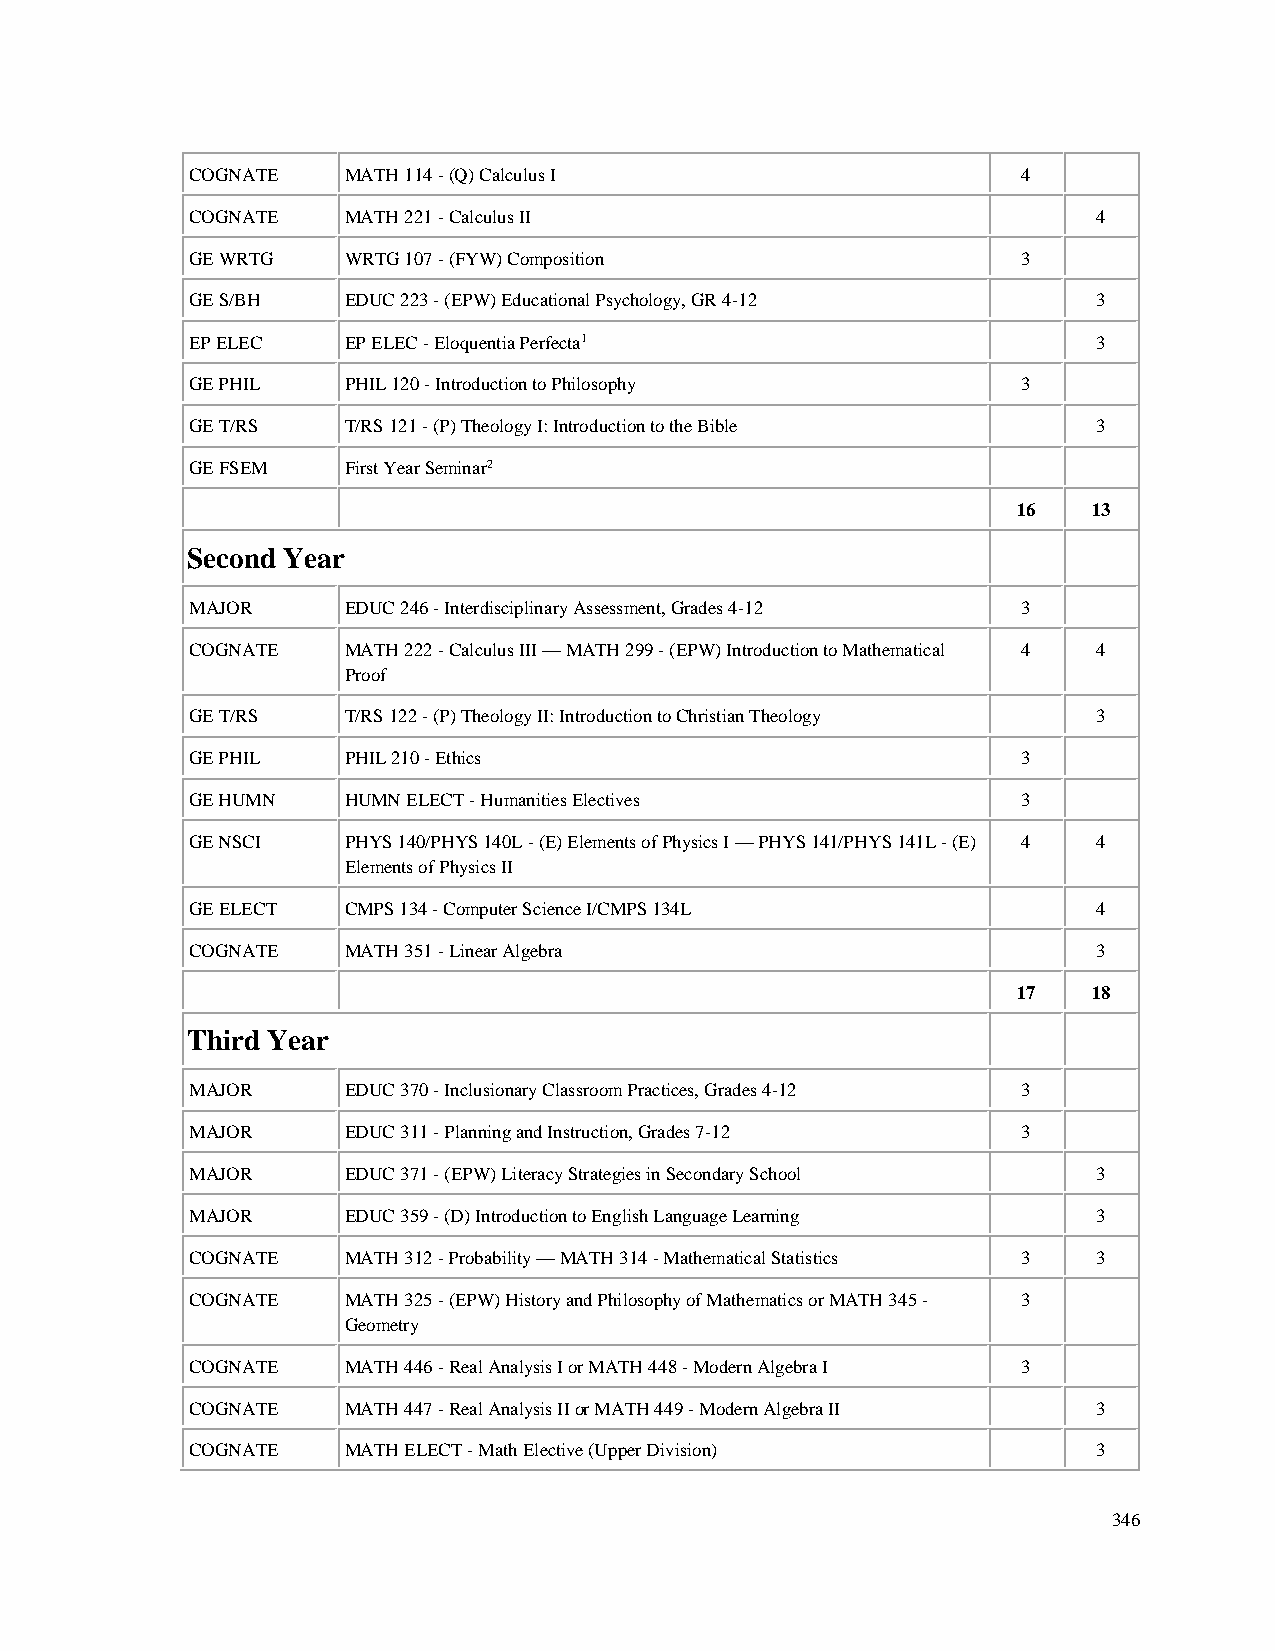
COGNATE   MATH 114 - (Q) Calculus I                    4
 COGNATE   MATH 221 - Calculus II                            4
 GE WRTG   WRTG 107 - (FYW) Composition                 3
 GE S/BH   EDUC 223 - (EPW) Educational Psychology, GR 4-12  3
 EP ELEC   EP ELEC - Eloquentia Perfecta1                    3
 GE PHIL   PHIL 120 - Introduction to Philosophy        3
 GE T/RS   T/RS 121 - (P) Theology I: Introduction to the Bible 3
 GE FSEM   First Year Seminar2
 16   13
 Second Year
 MAJOR     EDUC 246 - Interdisciplinary Assessment, Grades 4-12 3
 COGNATE   MATH 222 - Calculus III — MATH 299 - (EPW) Introduction to Mathematical 4 4
 Proof
 GE T/RS   T/RS 122 - (P) Theology II: Introduction to Christian Theology 3
 GE PHIL   PHIL 210 - Ethics                            3
 GE HUMN   HUMN ELECT - Humanities Electives            3
 GE NSCI   PHYS 140/PHYS 140L - (E) Elements of Physics I — PHYS 141/PHYS 141L - (E) 4 4
 Elements of Physics II
 GE ELECT  CMPS 134 - Computer Science I/CMPS 134L           4
 COGNATE   MATH 351 - Linear Algebra                         3
 17   18
 Third Year
 MAJOR     EDUC 370 - Inclusionary Classroom Practices, Grades 4-12 3
 MAJOR     EDUC 311 - Planning and Instruction, Grades 7-12 3
 MAJOR     EDUC 371 - (EPW) Literacy Strategies in Secondary School 3
 MAJOR     EDUC 359 - (D) Introduction to English Language Learning 3
 COGNATE   MATH 312 - Probability — MATH 314 - Mathematical Statistics 3 3
 COGNATE   MATH 325 - (EPW) History and Philosophy of Mathematics or MATH 345 - 3
 Geometry
 COGNATE   MATH 446 - Real Analysis I or MATH 448 - Modern Algebra I 3
 COGNATE   MATH 447 - Real Analysis II or MATH 449 - Modern Algebra II 3
 COGNATE   MATH ELECT - Math Elective (Upper Division)       3
 346